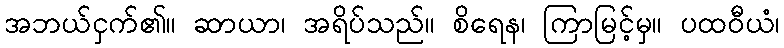
အဘယ်ငှက်၏။ ဆာယာ၊ အရိပ်သည်။ စိရေန၊ ကြာမြင့်မှ။ ပထဝီယံ၊